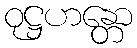
ဝုဋ္ဌဟန္တော